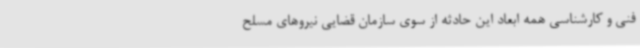
فنی و کارشناسی همه ابعاد این حادثه از سوی سازمان قضایی نیروهای مسلح